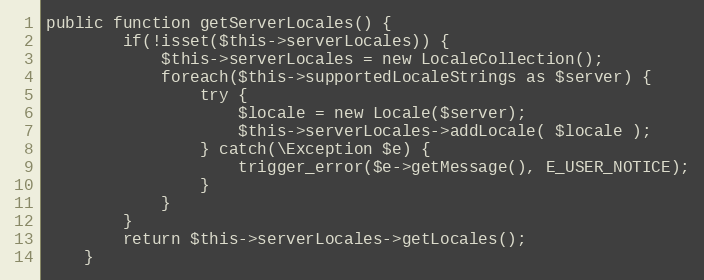
Language: PHP
public function getServerLocales() {
        if(!isset($this->serverLocales)) {
            $this->serverLocales = new LocaleCollection();
            foreach($this->supportedLocaleStrings as $server) {
                try {
                    $locale = new Locale($server);
                    $this->serverLocales->addLocale( $locale );
                } catch(\Exception $e) {
                    trigger_error($e->getMessage(), E_USER_NOTICE);
                }
            }
        }
        return $this->serverLocales->getLocales();
    }